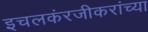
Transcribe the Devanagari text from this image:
इचलकंरजीकरांच्या